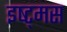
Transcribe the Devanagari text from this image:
इष्ट्मस